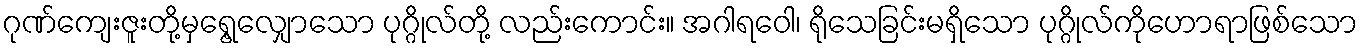
ဂုဏ်ကျေးဇူးတို့မှရွေ့လျှောသော ပုဂ္ဂိုလ်တို့ လည်းကောင်း။ အဂါရဝေါ၊ ရိုသေခြင်းမရှိသော ပုဂ္ဂိုလ်ကိုဟောရာဖြစ်သော